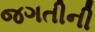
જગતીની